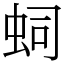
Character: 𧉠